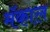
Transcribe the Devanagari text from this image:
मॅकाल